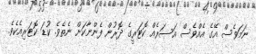
ނަމަވެސް އޭގެ އެއްވެސް އަސަރެއް ކޮޓަރީގެ ދޮރުން ފެންނާކަށް ނެތެވެ. ކުޑަ ކޮޓަރިއެކެވެ.